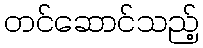
တင်ဆောင်သည့်